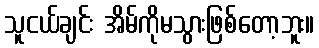
သူငယ်ချင်း အိမ်ကိုမသွားဖြစ်တော့ဘူး။